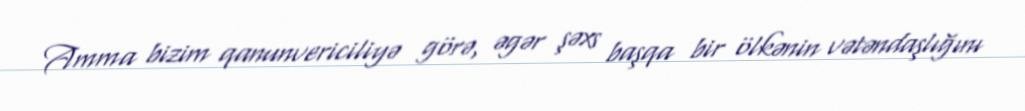
Amma bizim qanunvericiliyə görə, əgər şəxs başqa bir ölkənin vətəndaşlığını